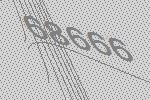
68666